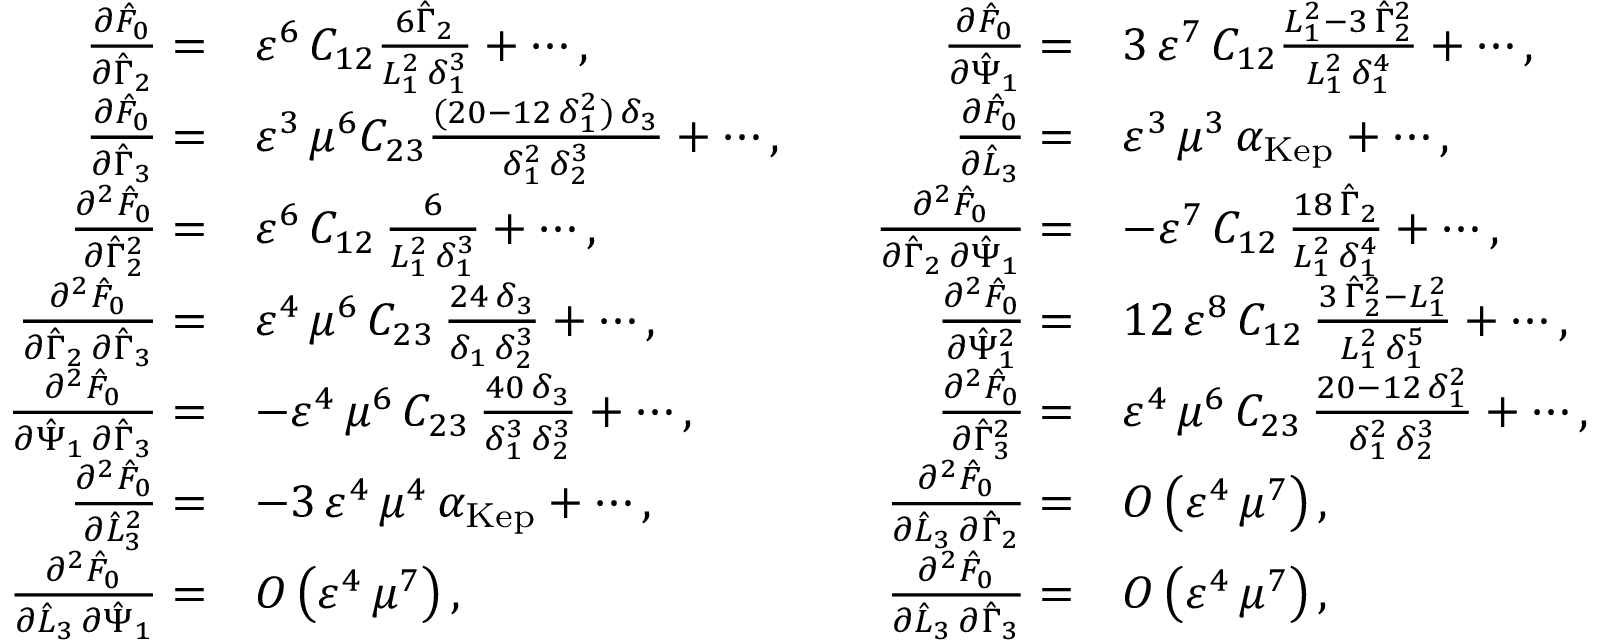
\begin{array} { r l r l } { \frac { \partial \hat { F } _ { 0 } } { \partial \hat { \Gamma } _ { 2 } } = } & { \varepsilon ^ { 6 } \, C _ { 1 2 } \frac { 6 \hat { \Gamma } _ { 2 } } { L _ { 1 } ^ { 2 } \, \delta _ { 1 } ^ { 3 } } + \cdots , \quad } & { \frac { \partial \hat { F } _ { 0 } } { \partial \hat { \Psi } _ { 1 } } = } & { 3 \, \varepsilon ^ { 7 } \, C _ { 1 2 } \frac { L _ { 1 } ^ { 2 } - 3 \, \hat { \Gamma } _ { 2 } ^ { 2 } } { L _ { 1 } ^ { 2 } \, \delta _ { 1 } ^ { 4 } } + \cdots , } \\ { \frac { \partial \hat { F } _ { 0 } } { \partial \hat { \Gamma } _ { 3 } } = } & { \varepsilon ^ { 3 } \, \mu ^ { 6 } C _ { 2 3 } \frac { ( 2 0 - 1 2 \, \delta _ { 1 } ^ { 2 } ) \, \delta _ { 3 } } { \delta _ { 1 } ^ { 2 } \, \delta _ { 2 } ^ { 3 } } + \cdots , \quad } & { \frac { \partial \hat { F } _ { 0 } } { \partial \hat { L } _ { 3 } } = } & { \varepsilon ^ { 3 } \, \mu ^ { 3 } \, \alpha _ { \mathrm { K e p } } + \cdots , } \\ { \frac { \partial ^ { 2 } \hat { F } _ { 0 } } { \partial \hat { \Gamma } _ { 2 } ^ { 2 } } = } & { \varepsilon ^ { 6 } \, C _ { 1 2 } \, \frac { 6 } { L _ { 1 } ^ { 2 } \, \delta _ { 1 } ^ { 3 } } + \cdots , \quad } & { \frac { \partial ^ { 2 } \hat { F } _ { 0 } } { \partial \hat { \Gamma } _ { 2 } \, \partial \hat { \Psi } _ { 1 } } = } & { - \varepsilon ^ { 7 } \, C _ { 1 2 } \, \frac { 1 8 \, \hat { \Gamma } _ { 2 } } { L _ { 1 } ^ { 2 } \, \delta _ { 1 } ^ { 4 } } + \cdots , } \\ { \frac { \partial ^ { 2 } \hat { F } _ { 0 } } { \partial \hat { \Gamma } _ { 2 } \, \partial \hat { \Gamma } _ { 3 } } = } & { \varepsilon ^ { 4 } \, \mu ^ { 6 } \, C _ { 2 3 } \, \frac { 2 4 \, \delta _ { 3 } } { \delta _ { 1 } \, \delta _ { 2 } ^ { 3 } } + \cdots , \quad } & { \frac { \partial ^ { 2 } \hat { F } _ { 0 } } { \partial \hat { \Psi } _ { 1 } ^ { 2 } } = } & { 1 2 \, \varepsilon ^ { 8 } \, C _ { 1 2 } \, \frac { 3 \, \hat { \Gamma } _ { 2 } ^ { 2 } - L _ { 1 } ^ { 2 } } { L _ { 1 } ^ { 2 } \, \delta _ { 1 } ^ { 5 } } + \cdots , } \\ { \frac { \partial ^ { 2 } \hat { F } _ { 0 } } { \partial \hat { \Psi } _ { 1 } \, \partial \hat { \Gamma } _ { 3 } } = } & { - \varepsilon ^ { 4 } \, \mu ^ { 6 } \, C _ { 2 3 } \, \frac { 4 0 \, \delta _ { 3 } } { \delta _ { 1 } ^ { 3 } \, \delta _ { 2 } ^ { 3 } } + \cdots , \quad } & { \frac { \partial ^ { 2 } \hat { F } _ { 0 } } { \partial \hat { \Gamma } _ { 3 } ^ { 2 } } = } & { \varepsilon ^ { 4 } \, \mu ^ { 6 } \, C _ { 2 3 } \, \frac { 2 0 - 1 2 \, \delta _ { 1 } ^ { 2 } } { \delta _ { 1 } ^ { 2 } \, \delta _ { 2 } ^ { 3 } } + \cdots , } \\ { \frac { \partial ^ { 2 } \hat { F } _ { 0 } } { \partial \hat { L } _ { 3 } ^ { 2 } } = } & { - 3 \, \varepsilon ^ { 4 } \, \mu ^ { 4 } \, \alpha _ { \mathrm { K e p } } + \cdots , \quad } & { \frac { \partial ^ { 2 } \hat { F } _ { 0 } } { \partial \hat { L } _ { 3 } \, \partial \hat { \Gamma } _ { 2 } } = } & { O \left( \varepsilon ^ { 4 } \, \mu ^ { 7 } \right) , } \\ { \frac { \partial ^ { 2 } \hat { F } _ { 0 } } { \partial \hat { L } _ { 3 } \, \partial \hat { \Psi } _ { 1 } } = } & { O \left( \varepsilon ^ { 4 } \, \mu ^ { 7 } \right) , \quad } & { \frac { \partial ^ { 2 } \hat { F } _ { 0 } } { \partial \hat { L } _ { 3 } \, \partial \hat { \Gamma } _ { 3 } } = } & { O \left( \varepsilon ^ { 4 } \, \mu ^ { 7 } \right) , } \end{array}